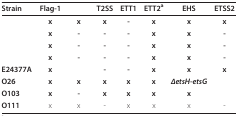
<table><thead><tr><td><b>Strain</b></td><td><b>Flag-1</b></td><td>[EMPTY_CELL]</td><td><b>T2SS</b></td><td><b>ETT1</b></td><td><b>ETT2<sup>a</sup></b></td><td><b>EHS</b></td><td><b>ETSS2</b></td></tr></thead><tbody><tr><td>[EMPTY_CELL]</td><td><b>x</b></td><td><b>x</b></td><td><b>x</b></td><td><b>-</b></td><td><b>x</b></td><td><b>x</b></td><td><b>x</b></td></tr><tr><td>[EMPTY_CELL]</td><td><b>x</b></td><td><b>-</b></td><td><b>-</b></td><td><b>-</b></td><td><b>x</b></td><td><b>x</b></td><td><b>-</b></td></tr><tr><td>[EMPTY_CELL]</td><td><b>x</b></td><td><b>-</b></td><td><b>-</b></td><td><b>-</b></td><td><b>x</b></td><td><b>x</b></td><td><b>-</b></td></tr><tr><td>[EMPTY_CELL]</td><td><b>x</b></td><td><b>-</b></td><td><b>-</b></td><td><b>-</b></td><td><b>x</b></td><td><b>x</b></td><td><b>-</b></td></tr><tr><td><b>E24377A</b></td><td><b>x</b></td><td>[EMPTY_CELL]</td><td><b>-</b></td><td><b>-</b></td><td><b>x</b></td><td><b>x</b></td><td><b>x</b></td></tr><tr><td><b>O26</b></td><td><b>x</b></td><td><b>x</b></td><td><b>x</b></td><td><b>x</b></td><td><b>x</b></td><td><b><i>ΔetsH-etsG</i></b></td><td>[EMPTY_CELL]</td></tr><tr><td><b>O103</b></td><td><b>x</b></td><td><b>-</b></td><td><b>x</b></td><td><b>x</b></td><td><b>x</b></td><td><b>x</b></td><td>[EMPTY_CELL]</td></tr><tr><td><b>O111</b></td><td>x</td><td>x</td><td>-</td><td>x</td><td>x</td><td>x</td><td>-</td></tr></tbody></table>